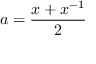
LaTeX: a = { \frac { x + x ^ { - 1 } } { 2 } }